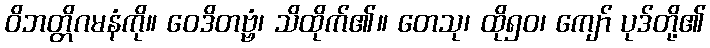
ဝိဘတ္တိဂမနံကို။ ဝေဒိတဗ္ဗံ၊ သိထိုက်၏။ တေသု၊ ထို၅၀၊ ကျော် ပုဒ်တို့၏